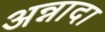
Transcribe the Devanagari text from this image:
अन्नादा